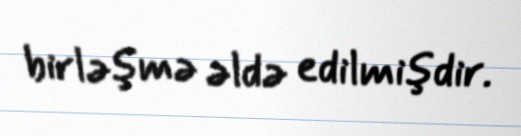
birləşmə əldə edilmişdir.